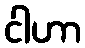
ငါဟာ